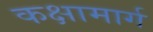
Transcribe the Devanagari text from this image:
कक्षामार्ग